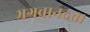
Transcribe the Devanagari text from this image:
भगवानदत्त।